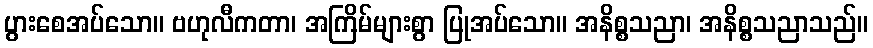
ပွားစေအပ်သော။ ဗဟုလီကတာ၊ အကြိမ်များစွာ ပြုအပ်သော။ အနိစ္စသညာ၊ အနိစ္စသညာသည်။